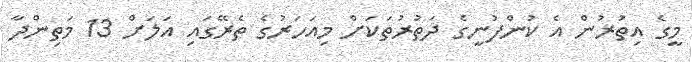
މީގެ އިތުރުން އެ ކުންފުނީގެ ދަތުރުތަކަށް މިއަހަރުގެ ތެރޭގައި އަލަށް 13 މަތިންދާ